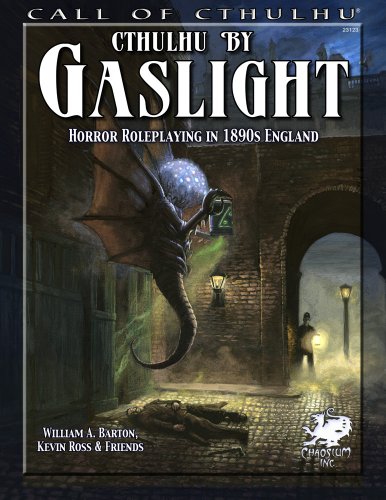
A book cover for Cthulhu By Gaslight: Horror Roleplaying in 1890s England (Call of Cthulhu roleplaying); William A. Barton; Science Fiction & Fantasy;